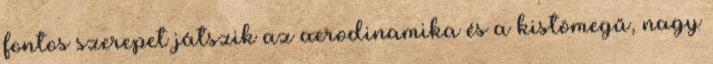
fontos szerepet játszik az aerodinamika és a kistömegű, nagy